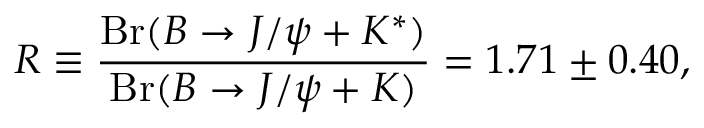
R \equiv { \frac { \mathrm { B r } ( B \rightarrow J / \psi + K ^ { * } ) } { \mathrm { B r } ( B \rightarrow J / \psi + K ) } } = 1 . 7 1 \pm 0 . 4 0 ,